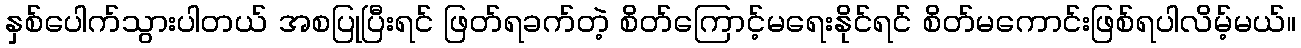
နှစ်ပေါက်သွားပါတယ် အစပြုပြီးရင် ဖြတ်ရခက်တဲ့ စိတ်ကြောင့်မရေးနိုင်ရင် စိတ်မကောင်းဖြစ်ရပါလိမ့်မယ်။